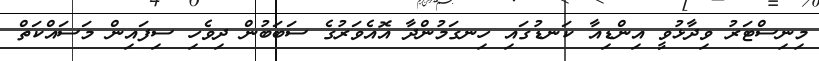
މިނިސްޓަރު ވިދާޅުވީ އިންޑިއާ ކަނޑުގައި ހިނގަމުންދާ އޮއެވަރުގެ ސަބަބުން ދިވެހި ސިފައިން މަސައްކަތް